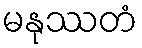
မနုဿတံ